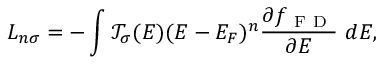
L _ { n \sigma } = - \int \mathcal { T } _ { \sigma } ( E ) ( E - E _ { F } ) ^ { n } \frac { \partial f _ { \mathrm { ~ F ~ D ~ } } } { \partial E } ~ d E ,